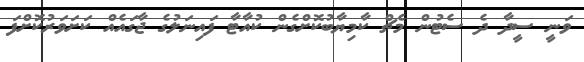
ވަނީ ސީދާ ދެ ސެޓުން މެޗް ކާމިޔާބުކޮށްގެން ކުއާޓާ ފައިނަލުގެ ޖާގައެއް ކަށަވަރުކޮށްފަ